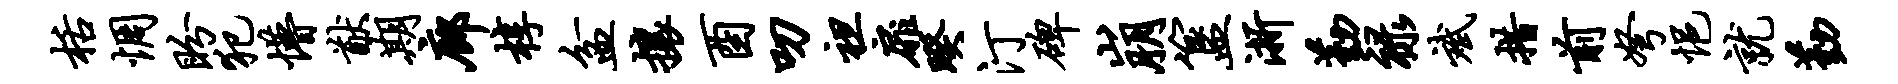
栝惆盼犯懵猷期廊椁盆攘酉叨袒扉暌汀碑崩簋浙勤禄斌措前弩悒就勤